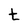
Character: t